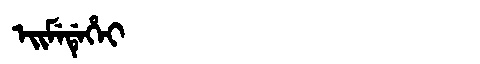
Manchu: ᡝᡳᠮᡝᡩᡝᡥᡝᡳ
Romanization: EIMEDEHEI